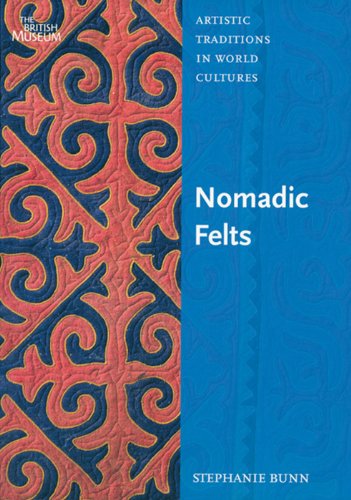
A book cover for Nomadic Felts (Artistic Traditions in World Cultures); Stephanie Bunn; Crafts, Hobbies & Home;